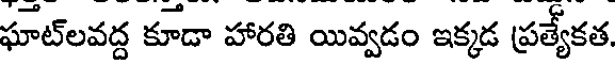
ఘాట్లవద్ద కూడా హారతి యివ్వడం ఇక్కడ ప్రత్యేకత,